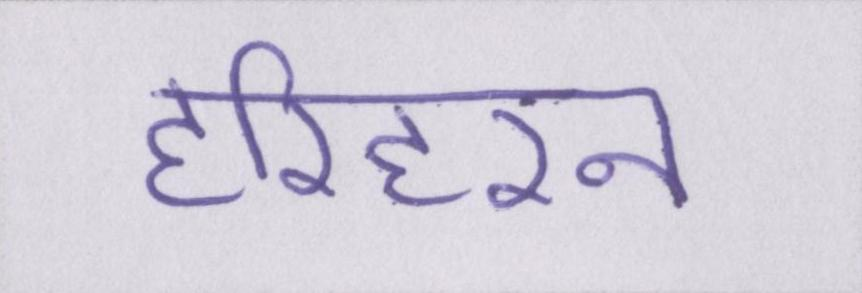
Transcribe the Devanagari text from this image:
हरिहरन